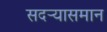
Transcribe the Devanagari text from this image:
सदर्‍यासमान